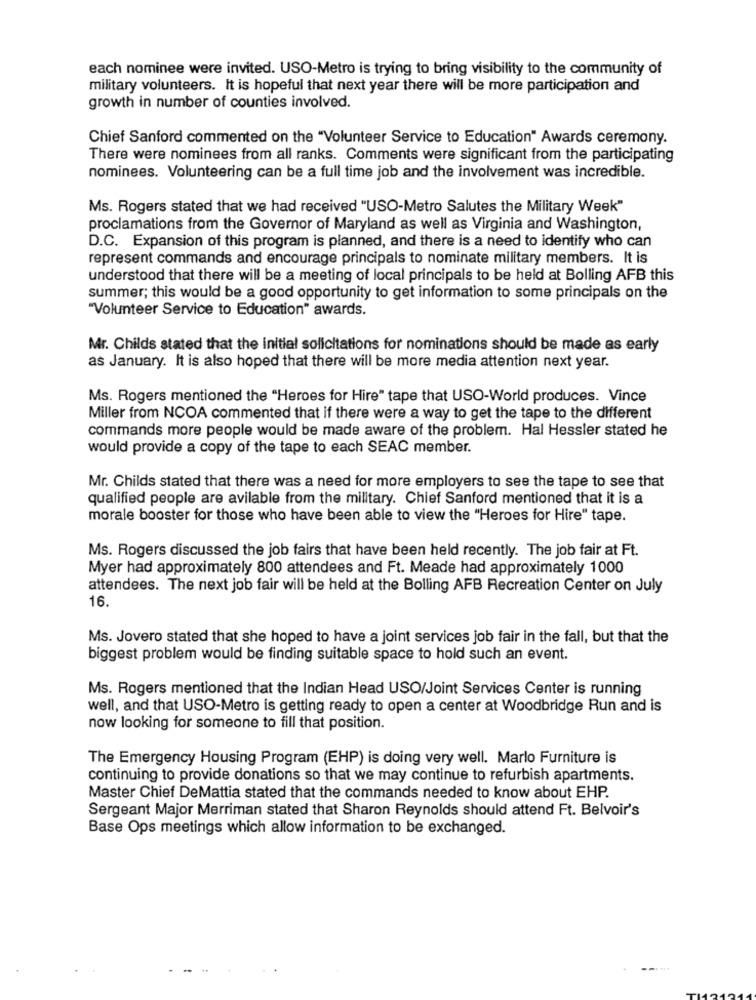
each nominee were invited. USO-Metro is trying to bring visibility to the community of
military volunteers. It is hopeful that next year there will be more participation and
growth in number of counties involved.
Chief Sanford commented on the "Volunteer Service to Education" Awards ceremony.
There were nominees from all ranks. Comments were significant from the participating
nominees. Volunteering can be a full time job and the involvement was incredible.
Ms. Rogers stated that we had received "USO-Metro Salutes the Military Week"
proclamations from the Governor of Maryland as well as Virginia and Washington,
D.C. Expansion of this program is planned, and there is a need to identify who can
represent commands and encourage principals to nominate military members. It is
understood that there will be a meeting of local principals to be held at Bolling AFB this
summer; this would be a good opportunity to get information to some principals on the
"Volunteer Service to Education" awards.
Mr. Childs stated that the initial solicitations for nominations should be made as early
as January. It is also hoped that there will be more media attention next year.
Ms. Rogers mentioned the "Heroes for Hire" tape that USO-World produces. Vince
Miller from NCOA commented that if there were a way to get the tape to the different
commands more people would be made aware of the problem. Hal Hessler stated he
would provide a copy of the tape to each SEAC member.
Mr. Childs stated that there was a need for more employers to see the tape to see that
qualified people are avilable from the military. Chief Sanford mentioned that it is a
morale booster for those who have been able to view the "Heroes for Hire" tape.
Ms. Rogers discussed the job fairs that have been held recently. The job fair at Ft.
Myer had approximately 800 attendees and Ft. Meade had approximately 1000
attendees. The next job fair will be held at the Bolling AFB Recreation Center on July
16
Ms. Jovero stated that she hoped to have a joint services job fair in the fall, but that the
biggest problem would be finding suitable space to hold such an event.
Ms. Rogers mentioned that the Indian Head USO/Joint Services Center is running
well, and that USO-Metro is getting ready to open a center at Woodbridge Run and is
now looking for someone to fill that position.
The Emergency Housing Program (EHP) is doing very well. Marlo Furniture is
continuing to provide donations so that we may continue to refurbish apartments.
Master Chief DeMattia stated that the commands needed to know about EHP.
Sergeant Major Merriman stated that Sharon Reynolds should attend Ft. Belvoir's
Base Ops meetings which allow information to be exchanged.